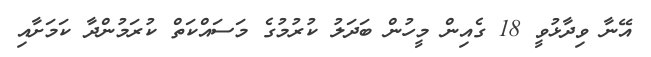
އޭނާ ވިދާޅުވީ 18 ގެއިން މީހުން ބަދަލު ކުރުމުގެ މަސައްކަތް ކުރަމުންދާ ކަމަށާއި